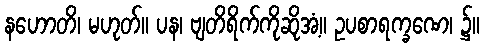
နဟောတိ၊ မဟုတ်။ ပန၊ ဗျတိရိက်ကိုဆိုအံ့။ ဥပစာရက္ခဏေ၊ ၌။